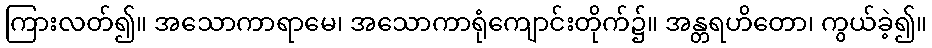
ကြားလတ်၍။ အသောကာရာမေ၊ အသောကာရုံကျောင်းတိုက်၌။ အန္တရဟိတော၊ ကွယ်ခဲ့၍။